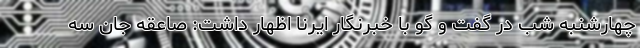
چهارشنبه شب در گفت و گو با خبرنگار ایرنا اظهار داشت: صاعقه جان سه